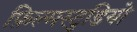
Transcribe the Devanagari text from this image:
फ़िल्मस्टुडियो